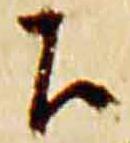
下